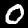
Label: 0